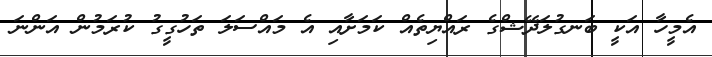
އެމީހާ އަކީ ބަނގުލަދޭޝްގެ ރައްޔިތެއް ކަމަށާއި އެ މައްސަލަ ތަހުގީގު ކުރަމުން އަންނަ